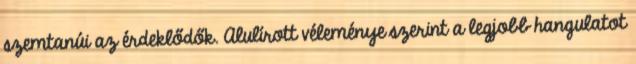
szemtanúi az érdeklődők. Alulírott véleménye szerint a legjobb hangulatot